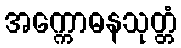
အက္ကောဓနသုတ္တံ